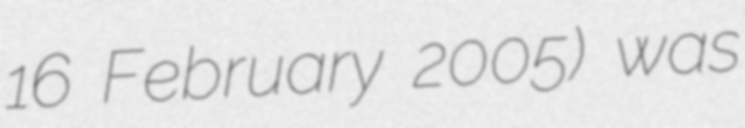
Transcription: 16 February 2005) was